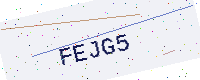
Text: FEJG5